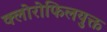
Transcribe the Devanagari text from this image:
क्लोरोफिलयुक्त